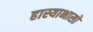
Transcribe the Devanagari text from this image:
हास्याभासो